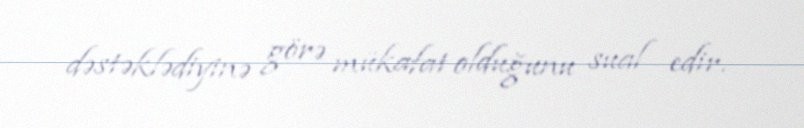
dəstəklədiyinə görə mükafat olduğunu sual edir.